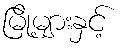
မြို့များနှင့်